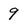
Character: 9